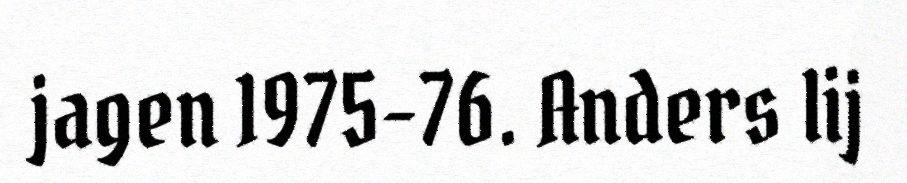
jagen 1975-76. Anders lij